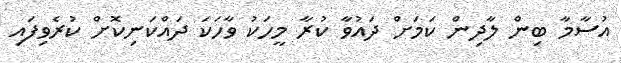
އުސާމާ ބިން ލާދިން ކަމަށް ދައުވާ ކުރާ މީހަކު ވާހަކަ ދައްކަނިކޮށް ކުރެވިފައި